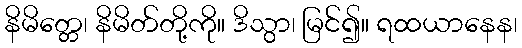
နိမိတ္တေ၊ နိမိတ်တို့ကို။ ဒိသွာ၊ မြင်၍။ ရထယာနေန၊